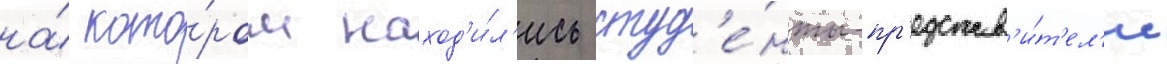
на́ кото́ром наход'и́л'ись студ'е́нты-пр'едстав'и́т'ел'и